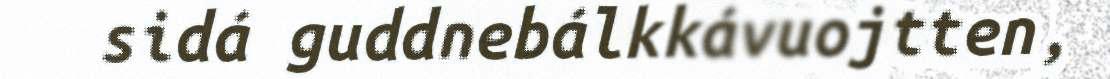
sidá guddnebálkkávuojtten,